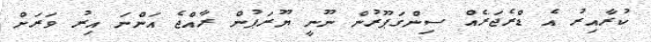
ކުރާއިރު އެ ޑްރެޖަރެއް ސިންގަޕޫރުން ނޫނީ ޔޫރަޕުން ރާއްޖެ އަންނަ އިރު ވަރަށް